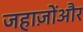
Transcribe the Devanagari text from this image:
जहाज़ोंऔर